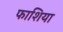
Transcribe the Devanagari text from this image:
फाशिया